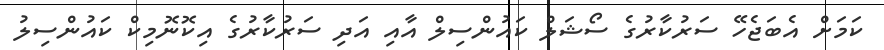
ކަމަށް އެބަޖެހޭ ސަރުކާރުގެ ސޯޝަލް ކައުންސިލް އާއި އަދި ސަރުކާރުގެ އިކޮނޮމިކް ކައުންސިލު